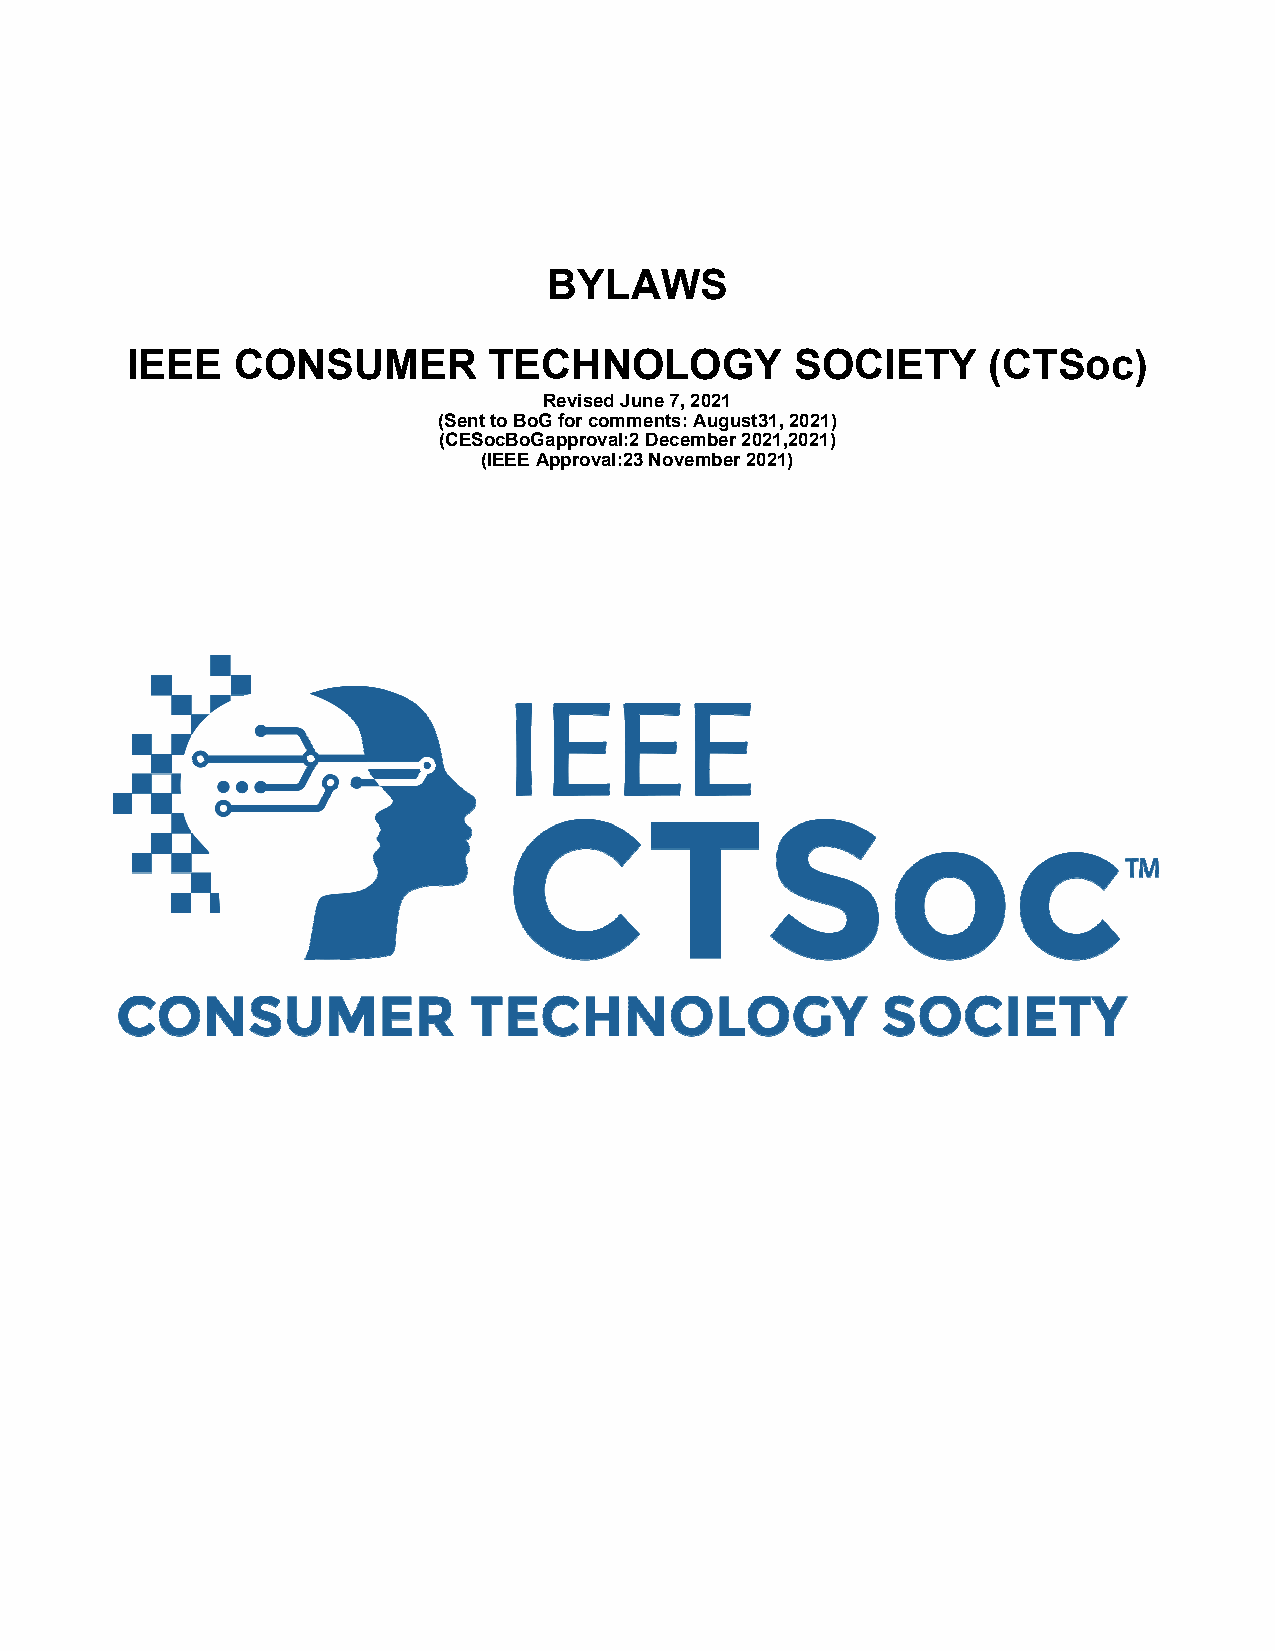
BYYLAWSS
 IEEE   CCONSUUMER       TECHHNOLOOGY         SOOCIETYY   (CTSSoc)
 Reviseed June 7, 20221
 (Sennt to BoG for ccomments: Auugust31, 2021))
 (CESSocBoGapprooval:2 Decembber 2021,2021))
 (IEEE Approvval:23 Novembber 2021)